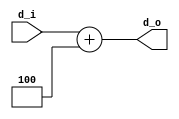
/////////////////////////////////////////////////////////////////////
////                                                             ////
////                                                             ////
////  If you encountered any problem, please contact :           ////
////                                                             ////
////  Downloaded from:                                           ////
////     http://www.opencores.org/pdownloads.cgi/list/mips789    ////
/////////////////////////////////////////////////////////////////////
////                                                             ////
//// Copyright (C) 2006-2007 Liwei                               ////
////                         mcupro@yahoo.com.hk                 ////
////                                                             ////
////                                                             ////
//// This source file may be used and distributed freely without ////
//// restriction provided that this copyright statement is not   ////
//// removed from the file and any derivative work contains the  ////
//// original copyright notice and the associated disclaimer.    ////
////                                                             ////
//// Please let the author know if it is used                    ////
//// for commercial purpose.                                     ////
////                                                             ////
////     THIS SOFTWARE IS PROVIDED ``AS IS'' AND WITHOUT ANY     ////
//// EXPRESS OR IMPLIED WARRANTIES, INCLUDING, BUT NOT LIMITED   ////
//// TO, THE IMPLIED WARRANTIES OF MERCHANTABILITY AND FITNESS   ////
//// FOR A PARTICULAR PURPOSE. IN NO EVENT SHALL THE AUTHOR      ////
//// OR CONTRIBUTORS BE LIABLE FOR ANY DIRECT, INDIRECT,         ////
//// INCIDENTAL, SPECIAL, EXEMPLARY, OR CONSEQUENTIAL DAMAGES    ////
//// (INCLUDING, BUT NOT LIMITED TO, PROCUREMENT OF SUBSTITUTE   ////
//// GOODS OR SERVICES; LOSS OF USE, DATA, OR PROFITS; OR        ////
//// BUSINESS INTERRUPTION) HOWEVER CAUSED AND ON ANY THEORY OF  ////
//// LIABILITY, WHETHER IN  CONTRACT, STRICT LIABILITY, OR TORT  ////
//// (INCLUDING NEGLIGENCE OR OTHERWISE) ARISING IN ANY WAY OUT  ////
//// OF THE USE OF THIS SOFTWARE, EVEN IF ADVISED OF THE         ////
//// POSSIBILITY OF SUCH DAMAGE.                                 ////
////                                                             ////
/////////////////////////////////////////////////////////////////////
////                                                             ////
////                                                             ////
//// Date of Creation: 2007.8.1                                  ////
////                                                             ////
//// Version: 0.0.1                                              ////
////                                                             ////
//// Description:                                                ////
////                                                             ////
////                                                             ////
/////////////////////////////////////////////////////////////////////
////                                                             ////
//// Change log:                                                 ////
////                                                             ////
/////////////////////////////////////////////////////////////////////

module add32(
        input [31:0]d_i,
        output [31:0]d_o
    );
    assign d_o = d_i + 4;
endmodule


module jack(
        input [31:0] ins_i ,
        output [4:0] rs_o,
        output [4:0] rt_o,
        output [4:0] rd_o
    );
    assign rs_o = ins_i[25:21];
    assign rt_o = ins_i[20:16];
    assign rd_o = ins_i[15:11];
endmodule



`define  WB_ALU    0
`define WB_MEM     1
`define  WB_NOP    0


module wb_mux(
        input [31:0]alu_i,
        input [31:0]dmem_i,
        input sel,
        output [31:0]wb_o
    );

    assign wb_o = (sel==`WB_MEM)?dmem_i:alu_i;

endmodule

module or32(
    input [31:0]a,
    input [31:0]b,
    output [31:0]c
    );
    
    assign c = a|b ;

endmodule

`define RD_RD   1
`define RD_RT   2
`define RD_R31 3
`define RD_NOP 0
`define RD_ZR 0

module rd_sel(
        input [4:0]rd_i,
        input [4:0]rt_i,
        input[1:0] ctl,
        output reg [4:0]rd_o
    );

    always @(*)
    case (ctl)
        `RD_RD:rd_o=rd_i;
        `RD_RT:rd_o=rt_i;
        `RD_R31:rd_o='d31;
        default :
            rd_o=0;
    endcase

endmodule

//these modules below are genated automaticly by a software written in C language...

`define EXT_CTL_LEN 3
`define RD_SEL_LEN 2
`define CMP_CTL_LEN 3
`define PC_GEN_CTL_LEN 3
`define FSM_CTL_LEN 3
`define MUXA_CTL_LEN 2
`define MUXB_CTL_LEN 2
`define ALU_FUNC_LEN 5
`define ALU_WE_LEN 1
`define DMEM_CTL_LEN 4
`define WB_MUX_CTL_LEN 1
`define WB_WE_LEN 1	
`define INS_LEN 32
`define PC_LEN 32
`define SPC_LEN 32	 
`define R32_LEN 32
`define R5_LEN 5		
`define R1_LEN 1
`define R2_LEN 2
`define R3_LEN 3
`define R4_LEN 4

module ext_ctl_reg_clr_cls(input[`EXT_CTL_LEN-1:0] ext_ctl_i,output reg[`EXT_CTL_LEN-1:0] ext_ctl_o,input clk,input clr,input cls);always@(posedge clk)if(clr) ext_ctl_o<=0;else if(cls)ext_ctl_o<=ext_ctl_o;else ext_ctl_o<=ext_ctl_i;endmodule
module rd_sel_reg_clr_cls(input[`RD_SEL_LEN-1:0] rd_sel_i,output reg[`RD_SEL_LEN-1:0] rd_sel_o,input clk,input clr,input cls);always@(posedge clk)if(clr) rd_sel_o<=0;else if(cls)rd_sel_o<=rd_sel_o;else rd_sel_o<=rd_sel_i;endmodule
module cmp_ctl_reg_clr_cls(input[`CMP_CTL_LEN-1:0] cmp_ctl_i,output reg[`CMP_CTL_LEN-1:0] cmp_ctl_o,input clk,input clr,input cls);always@(posedge clk)if(clr) cmp_ctl_o<=0;else if(cls)cmp_ctl_o<=cmp_ctl_o;else cmp_ctl_o<=cmp_ctl_i;endmodule
module pc_gen_ctl_reg_clr_cls(input[`PC_GEN_CTL_LEN-1:0] pc_gen_ctl_i,output reg[`PC_GEN_CTL_LEN-1:0] pc_gen_ctl_o,input clk,input clr,input cls);always@(posedge clk)if(clr) pc_gen_ctl_o<=0;else if(cls)pc_gen_ctl_o<=pc_gen_ctl_o;else pc_gen_ctl_o<=pc_gen_ctl_i;endmodule
module fsm_ctl_reg_clr_cls(input[`FSM_CTL_LEN-1:0] fsm_ctl_i,output reg[`FSM_CTL_LEN-1:0] fsm_ctl_o,input clk,input clr,input cls);always@(posedge clk)if(clr) fsm_ctl_o<=0;else if(cls)fsm_ctl_o<=fsm_ctl_o;else fsm_ctl_o<=fsm_ctl_i;endmodule
module muxa_ctl_reg_clr_cls(input[`MUXA_CTL_LEN-1:0] muxa_ctl_i,output reg[`MUXA_CTL_LEN-1:0] muxa_ctl_o,input clk,input clr,input cls);always@(posedge clk)if(clr) muxa_ctl_o<=0;else if(cls)muxa_ctl_o<=muxa_ctl_o;else muxa_ctl_o<=muxa_ctl_i;endmodule
module muxb_ctl_reg_clr_cls(input[`MUXB_CTL_LEN-1:0] muxb_ctl_i,output reg[`MUXB_CTL_LEN-1:0] muxb_ctl_o,input clk,input clr,input cls);always@(posedge clk)if(clr) muxb_ctl_o<=0;else if(cls)muxb_ctl_o<=muxb_ctl_o;else muxb_ctl_o<=muxb_ctl_i;endmodule
module alu_func_reg_clr_cls(input[`ALU_FUNC_LEN-1:0] alu_func_i,output reg[`ALU_FUNC_LEN-1:0] alu_func_o,input clk,input clr,input cls);always@(posedge clk)if(clr) alu_func_o<=0;else if(cls)alu_func_o<=alu_func_o;else alu_func_o<=alu_func_i;endmodule
module alu_we_reg_clr_cls(input[`ALU_WE_LEN-1:0] alu_we_i,output reg[`ALU_WE_LEN-1:0] alu_we_o,input clk,input clr,input cls);always@(posedge clk)if(clr) alu_we_o<=0;else if(cls)alu_we_o<=alu_we_o;else alu_we_o<=alu_we_i;endmodule
module dmem_ctl_reg_clr_cls(input[`DMEM_CTL_LEN-1:0] dmem_ctl_i,output reg[`DMEM_CTL_LEN-1:0] dmem_ctl_o,input clk,input clr,input cls);always@(posedge clk)if(clr) dmem_ctl_o<=0;else if(cls)dmem_ctl_o<=dmem_ctl_o;else dmem_ctl_o<=dmem_ctl_i;endmodule
module wb_mux_ctl_reg_clr_cls(input[`WB_MUX_CTL_LEN-1:0] wb_mux_ctl_i,output reg[`WB_MUX_CTL_LEN-1:0] wb_mux_ctl_o,input clk,input clr,input cls);always@(posedge clk)if(clr) wb_mux_ctl_o<=0;else if(cls)wb_mux_ctl_o<=wb_mux_ctl_o;else wb_mux_ctl_o<=wb_mux_ctl_i;endmodule
module wb_we_reg_clr_cls(input[`WB_WE_LEN-1:0] wb_we_i,output reg[`WB_WE_LEN-1:0] wb_we_o,input clk,input clr,input cls);always@(posedge clk)if(clr) wb_we_o<=0;else if(cls)wb_we_o<=wb_we_o;else wb_we_o<=wb_we_i;endmodule
module ins_reg_clr_cls(input[`INS_LEN-1:0] ins_i,output reg[`INS_LEN-1:0] ins_o,input clk,input clr,input cls);always@(posedge clk)if(clr) ins_o<=0;else if(cls)ins_o<=ins_o;else ins_o<=ins_i;endmodule
module pc_reg_clr_cls(input[`PC_LEN-1:0] pc_i,output reg[`PC_LEN-1:0] pc_o,input clk,input clr,input cls);always@(posedge clk)if(clr) pc_o<=0;else if(cls)pc_o<=pc_o;else pc_o<=pc_i;endmodule
module spc_reg_clr_cls(input[`SPC_LEN-1:0] spc_i,output reg[`SPC_LEN-1:0] spc_o,input clk,input clr,input cls);always@(posedge clk)if(clr) spc_o<=0;else if(cls)spc_o<=spc_o;else spc_o<=spc_i;endmodule
module r1_reg_clr_cls(input[`R1_LEN-1:0] r1_i,output reg[`R1_LEN-1:0] r1_o,input clk,input clr,input cls);always@(posedge clk)if(clr) r1_o<=0;else if(cls)r1_o<=r1_o;else r1_o<=r1_i;endmodule
module r2_reg_clr_cls(input[`R2_LEN-1:0] r2_i,output reg[`R2_LEN-1:0] r2_o,input clk,input clr,input cls);always@(posedge clk)if(clr) r2_o<=0;else if(cls)r2_o<=r2_o;else r2_o<=r2_i;endmodule
module r3_reg_clr_cls(input[`R3_LEN-1:0] r3_i,output reg[`R3_LEN-1:0] r3_o,input clk,input clr,input cls);always@(posedge clk)if(clr) r3_o<=0;else if(cls)r3_o<=r3_o;else r3_o<=r3_i;endmodule
module r4_reg_clr_cls(input[`R4_LEN-1:0] r4_i,output reg[`R4_LEN-1:0] r4_o,input clk,input clr,input cls);always@(posedge clk)if(clr) r4_o<=0;else if(cls)r4_o<=r4_o;else r4_o<=r4_i;endmodule
module r5_reg_clr_cls(input[`R5_LEN-1:0] r5_i,output reg[`R5_LEN-1:0] r5_o,input clk,input clr,input cls);always@(posedge clk)if(clr) r5_o<=0;else if(cls)r5_o<=r5_o;else r5_o<=r5_i;endmodule
module r32_reg_clr_cls(input[`R32_LEN-1:0] r32_i,output reg[`R32_LEN-1:0] r32_o,input clk,input clr,input cls);always@(posedge clk)if(clr) r32_o<=0;else if(cls)r32_o<=r32_o;else r32_o<=r32_i;endmodule


module ext_ctl_reg_clr(input[`EXT_CTL_LEN-1:0] ext_ctl_i,output reg[`EXT_CTL_LEN-1:0] ext_ctl_o,input clk,input clr);always@(posedge clk)if(clr)ext_ctl_o<=0;else ext_ctl_o<=ext_ctl_i;endmodule
module rd_sel_reg_clr(input[`RD_SEL_LEN-1:0] rd_sel_i,output reg[`RD_SEL_LEN-1:0] rd_sel_o,input clk,input clr);always@(posedge clk)if(clr)rd_sel_o<=0;else rd_sel_o<=rd_sel_i;endmodule
module cmp_ctl_reg_clr(input[`CMP_CTL_LEN-1:0] cmp_ctl_i,output reg[`CMP_CTL_LEN-1:0] cmp_ctl_o,input clk,input clr);always@(posedge clk)if(clr)cmp_ctl_o<=0;else cmp_ctl_o<=cmp_ctl_i;endmodule
module pc_gen_ctl_reg_clr(input[`PC_GEN_CTL_LEN-1:0] pc_gen_ctl_i,output reg[`PC_GEN_CTL_LEN-1:0] pc_gen_ctl_o,input clk,input clr);always@(posedge clk)if(clr)pc_gen_ctl_o<=0;else pc_gen_ctl_o<=pc_gen_ctl_i;endmodule
module fsm_ctl_reg_clr(input[`FSM_CTL_LEN-1:0] fsm_ctl_i,output reg[`FSM_CTL_LEN-1:0] fsm_ctl_o,input clk,input clr);always@(posedge clk)if(clr)fsm_ctl_o<=0;else fsm_ctl_o<=fsm_ctl_i;endmodule
module muxa_ctl_reg_clr(input[`MUXA_CTL_LEN-1:0] muxa_ctl_i,output reg[`MUXA_CTL_LEN-1:0] muxa_ctl_o,input clk,input clr);always@(posedge clk)if(clr)muxa_ctl_o<=0;else muxa_ctl_o<=muxa_ctl_i;endmodule
module muxb_ctl_reg_clr(input[`MUXB_CTL_LEN-1:0] muxb_ctl_i,output reg[`MUXB_CTL_LEN-1:0] muxb_ctl_o,input clk,input clr);always@(posedge clk)if(clr)muxb_ctl_o<=0;else muxb_ctl_o<=muxb_ctl_i;endmodule
module alu_func_reg_clr(input[`ALU_FUNC_LEN-1:0] alu_func_i,output reg[`ALU_FUNC_LEN-1:0] alu_func_o,input clk,input clr);always@(posedge clk)if(clr)alu_func_o<=0;else alu_func_o<=alu_func_i;endmodule
module alu_we_reg_clr(input[`ALU_WE_LEN-1:0] alu_we_i,output reg[`ALU_WE_LEN-1:0] alu_we_o,input clk,input clr);always@(posedge clk)if(clr)alu_we_o<=0;else alu_we_o<=alu_we_i;endmodule
module dmem_ctl_reg_clr(input[`DMEM_CTL_LEN-1:0] dmem_ctl_i,output reg[`DMEM_CTL_LEN-1:0] dmem_ctl_o,input clk,input clr);always@(posedge clk)if(clr)dmem_ctl_o<=0;else dmem_ctl_o<=dmem_ctl_i;endmodule
module wb_mux_ctl_reg_clr(input[`WB_MUX_CTL_LEN-1:0] wb_mux_ctl_i,output reg[`WB_MUX_CTL_LEN-1:0] wb_mux_ctl_o,input clk,input clr);always@(posedge clk)if(clr)wb_mux_ctl_o<=0;else wb_mux_ctl_o<=wb_mux_ctl_i;endmodule
module wb_we_reg_clr(input[`WB_WE_LEN-1:0] wb_we_i,output reg[`WB_WE_LEN-1:0] wb_we_o,input clk,input clr);always@(posedge clk)if(clr)wb_we_o<=0;else wb_we_o<=wb_we_i;endmodule
module ins_reg_clr(input[`INS_LEN-1:0] ins_i,output reg[`INS_LEN-1:0] ins_o,input clk,input clr);always@(posedge clk)if(clr)ins_o<=0;else ins_o<=ins_i;endmodule
module pc_reg_clr(input[`PC_LEN-1:0] pc_i,output reg[`PC_LEN-1:0] pc_o,input clk,input clr);always@(posedge clk)if(clr)pc_o<=0;else pc_o<=pc_i;endmodule
module spc_reg_clr(input[`SPC_LEN-1:0] spc_i,output reg[`SPC_LEN-1:0] spc_o,input clk,input clr);always@(posedge clk)if(clr)spc_o<=0;else spc_o<=spc_i;endmodule
module r1_reg_clr(input[`R1_LEN-1:0] r1_i,output reg[`R1_LEN-1:0] r1_o,input clk,input clr);always@(posedge clk)if(clr)r1_o<=0;else r1_o<=r1_i;endmodule
module r2_reg_clr(input[`R2_LEN-1:0] r2_i,output reg[`R2_LEN-1:0] r2_o,input clk,input clr);always@(posedge clk)if(clr)r2_o<=0;else r2_o<=r2_i;endmodule
module r3_reg_clr(input[`R3_LEN-1:0] r3_i,output reg[`R3_LEN-1:0] r3_o,input clk,input clr);always@(posedge clk)if(clr)r3_o<=0;else r3_o<=r3_i;endmodule
module r4_reg_clr(input[`R4_LEN-1:0] r4_i,output reg[`R4_LEN-1:0] r4_o,input clk,input clr);always@(posedge clk)if(clr)r4_o<=0;else r4_o<=r4_i;endmodule
module r5_reg_clr(input[`R5_LEN-1:0] r5_i,output reg[`R5_LEN-1:0] r5_o,input clk,input clr);always@(posedge clk)if(clr)r5_o<=0;else r5_o<=r5_i;endmodule
module r32_reg_clr(input[`R32_LEN-1:0] r32_i,output reg[`R32_LEN-1:0] r32_o,input clk,input clr);always@(posedge clk)if(clr)r32_o<=0;else r32_o<=r32_i;endmodule


module ext_ctl_reg(input[`EXT_CTL_LEN-1:0] ext_ctl_i,output reg[`EXT_CTL_LEN-1:0] ext_ctl_o,input clk);always@(posedge clk) ext_ctl_o<=ext_ctl_i;endmodule
module rd_sel_reg(input[`RD_SEL_LEN-1:0] rd_sel_i,output reg[`RD_SEL_LEN-1:0] rd_sel_o,input clk);always@(posedge clk) rd_sel_o<=rd_sel_i;endmodule
module cmp_ctl_reg(input[`CMP_CTL_LEN-1:0] cmp_ctl_i,output reg[`CMP_CTL_LEN-1:0] cmp_ctl_o,input clk);always@(posedge clk) cmp_ctl_o<=cmp_ctl_i;endmodule
module pc_gen_ctl_reg(input[`PC_GEN_CTL_LEN-1:0] pc_gen_ctl_i,output reg[`PC_GEN_CTL_LEN-1:0] pc_gen_ctl_o,input clk);always@(posedge clk) pc_gen_ctl_o<=pc_gen_ctl_i;endmodule
module fsm_ctl_reg(input[`FSM_CTL_LEN-1:0] fsm_ctl_i,output reg[`FSM_CTL_LEN-1:0] fsm_ctl_o,input clk);always@(posedge clk) fsm_ctl_o<=fsm_ctl_i;endmodule
module muxa_ctl_reg(input[`MUXA_CTL_LEN-1:0] muxa_ctl_i,output reg[`MUXA_CTL_LEN-1:0] muxa_ctl_o,input clk);always@(posedge clk) muxa_ctl_o<=muxa_ctl_i;endmodule
module muxb_ctl_reg(input[`MUXB_CTL_LEN-1:0] muxb_ctl_i,output reg[`MUXB_CTL_LEN-1:0] muxb_ctl_o,input clk);always@(posedge clk) muxb_ctl_o<=muxb_ctl_i;endmodule
module alu_func_reg(input[`ALU_FUNC_LEN-1:0] alu_func_i,output reg[`ALU_FUNC_LEN-1:0] alu_func_o,input clk);always@(posedge clk) alu_func_o<=alu_func_i;endmodule
module alu_we_reg(input[`ALU_WE_LEN-1:0] alu_we_i,output reg[`ALU_WE_LEN-1:0] alu_we_o,input clk);always@(posedge clk) alu_we_o<=alu_we_i;endmodule
module dmem_ctl_reg(input[`DMEM_CTL_LEN-1:0] dmem_ctl_i,output reg[`DMEM_CTL_LEN-1:0] dmem_ctl_o,input clk);always@(posedge clk) dmem_ctl_o<=dmem_ctl_i;endmodule
module wb_mux_ctl_reg(input[`WB_MUX_CTL_LEN-1:0] wb_mux_ctl_i,output reg[`WB_MUX_CTL_LEN-1:0] wb_mux_ctl_o,input clk);always@(posedge clk) wb_mux_ctl_o<=wb_mux_ctl_i;endmodule
module wb_we_reg(input[`WB_WE_LEN-1:0] wb_we_i,output reg[`WB_WE_LEN-1:0] wb_we_o,input clk);always@(posedge clk) wb_we_o<=wb_we_i;endmodule
module ins_reg(input[`INS_LEN-1:0] ins_i,output reg[`INS_LEN-1:0] ins_o,input clk);always@(posedge clk) ins_o<=ins_i;endmodule
module pc_reg(input[`PC_LEN-1:0] pc_i,output reg[`PC_LEN-1:0] pc_o,input clk);always@(posedge clk) pc_o<=pc_i;endmodule
module spc_reg(input[`SPC_LEN-1:0] spc_i,output reg[`SPC_LEN-1:0] spc_o,input clk);always@(posedge clk) spc_o<=spc_i;endmodule
module r1_reg(input[`R1_LEN-1:0] r1_i,output reg[`R1_LEN-1:0] r1_o,input clk);always@(posedge clk) r1_o<=r1_i;endmodule
module r2_reg(input[`R2_LEN-1:0] r2_i,output reg[`R2_LEN-1:0] r2_o,input clk);always@(posedge clk) r2_o<=r2_i;endmodule
module r3_reg(input[`R3_LEN-1:0] r3_i,output reg[`R3_LEN-1:0] r3_o,input clk);always@(posedge clk) r3_o<=r3_i;endmodule
module r4_reg(input[`R4_LEN-1:0] r4_i,output reg[`R4_LEN-1:0] r4_o,input clk);always@(posedge clk) r4_o<=r4_i;endmodule
module r5_reg(input[`R5_LEN-1:0] r5_i,output reg[`R5_LEN-1:0] r5_o,input clk);always@(posedge clk) r5_o<=r5_i;endmodule
module r32_reg(input[`R32_LEN-1:0] r32_i,output reg[`R32_LEN-1:0] r32_o,input clk);always@(posedge clk) r32_o<=r32_i;endmodule


module ext_ctl_reg_cls(input[`EXT_CTL_LEN-1:0] ext_ctl_i,output reg[`EXT_CTL_LEN-1:0] ext_ctl_o,input clk,input cls);always@(posedge clk)if(cls) ext_ctl_o<=ext_ctl_o;else ext_ctl_o<=ext_ctl_i;endmodule
module rd_sel_reg_cls(input[`RD_SEL_LEN-1:0] rd_sel_i,output reg[`RD_SEL_LEN-1:0] rd_sel_o,input clk,input cls);always@(posedge clk)if(cls) rd_sel_o<=rd_sel_o;else rd_sel_o<=rd_sel_i;endmodule
module cmp_ctl_reg_cls(input[`CMP_CTL_LEN-1:0] cmp_ctl_i,output reg[`CMP_CTL_LEN-1:0] cmp_ctl_o,input clk,input cls);always@(posedge clk)if(cls) cmp_ctl_o<=cmp_ctl_o;else cmp_ctl_o<=cmp_ctl_i;endmodule
module pc_gen_ctl_reg_cls(input[`PC_GEN_CTL_LEN-1:0] pc_gen_ctl_i,output reg[`PC_GEN_CTL_LEN-1:0] pc_gen_ctl_o,input clk,input cls);always@(posedge clk)if(cls) pc_gen_ctl_o<=pc_gen_ctl_o;else pc_gen_ctl_o<=pc_gen_ctl_i;endmodule
module fsm_ctl_reg_cls(input[`FSM_CTL_LEN-1:0] fsm_ctl_i,output reg[`FSM_CTL_LEN-1:0] fsm_ctl_o,input clk,input cls);always@(posedge clk)if(cls) fsm_ctl_o<=fsm_ctl_o;else fsm_ctl_o<=fsm_ctl_i;endmodule
module muxa_ctl_reg_cls(input[`MUXA_CTL_LEN-1:0] muxa_ctl_i,output reg[`MUXA_CTL_LEN-1:0] muxa_ctl_o,input clk,input cls);always@(posedge clk)if(cls) muxa_ctl_o<=muxa_ctl_o;else muxa_ctl_o<=muxa_ctl_i;endmodule
module muxb_ctl_reg_cls(input[`MUXB_CTL_LEN-1:0] muxb_ctl_i,output reg[`MUXB_CTL_LEN-1:0] muxb_ctl_o,input clk,input cls);always@(posedge clk)if(cls) muxb_ctl_o<=muxb_ctl_o;else muxb_ctl_o<=muxb_ctl_i;endmodule
module alu_func_reg_cls(input[`ALU_FUNC_LEN-1:0] alu_func_i,output reg[`ALU_FUNC_LEN-1:0] alu_func_o,input clk,input cls);always@(posedge clk)if(cls) alu_func_o<=alu_func_o;else alu_func_o<=alu_func_i;endmodule
module alu_we_reg_cls(input[`ALU_WE_LEN-1:0] alu_we_i,output reg[`ALU_WE_LEN-1:0] alu_we_o,input clk,input cls);always@(posedge clk)if(cls) alu_we_o<=alu_we_o;else alu_we_o<=alu_we_i;endmodule
module dmem_ctl_reg_cls(input[`DMEM_CTL_LEN-1:0] dmem_ctl_i,output reg[`DMEM_CTL_LEN-1:0] dmem_ctl_o,input clk,input cls);always@(posedge clk)if(cls) dmem_ctl_o<=dmem_ctl_o;else dmem_ctl_o<=dmem_ctl_i;endmodule
module wb_mux_ctl_reg_cls(input[`WB_MUX_CTL_LEN-1:0] wb_mux_ctl_i,output reg[`WB_MUX_CTL_LEN-1:0] wb_mux_ctl_o,input clk,input cls);always@(posedge clk)if(cls) wb_mux_ctl_o<=wb_mux_ctl_o;else wb_mux_ctl_o<=wb_mux_ctl_i;endmodule
module wb_we_reg_cls(input[`WB_WE_LEN-1:0] wb_we_i,output reg[`WB_WE_LEN-1:0] wb_we_o,input clk,input cls);always@(posedge clk)if(cls) wb_we_o<=wb_we_o;else wb_we_o<=wb_we_i;endmodule
module ins_reg_cls(input[`INS_LEN-1:0] ins_i,output reg[`INS_LEN-1:0] ins_o,input clk,input cls);always@(posedge clk)if(cls) ins_o<=ins_o;else ins_o<=ins_i;endmodule
module pc_reg_cls(input[`PC_LEN-1:0] pc_i,output reg[`PC_LEN-1:0] pc_o,input clk,input cls);always@(posedge clk)if(cls) pc_o<=pc_o;else pc_o<=pc_i;endmodule
module spc_reg_cls(input[`SPC_LEN-1:0] spc_i,output reg[`SPC_LEN-1:0] spc_o,input clk,input cls);always@(posedge clk)if(cls) spc_o<=spc_o;else spc_o<=spc_i;endmodule
module r1_reg_cls(input[`R1_LEN-1:0] r1_i,output reg[`R1_LEN-1:0] r1_o,input clk,input cls);always@(posedge clk)if(cls) r1_o<=r1_o;else r1_o<=r1_i;endmodule
module r2_reg_cls(input[`R2_LEN-1:0] r2_i,output reg[`R2_LEN-1:0] r2_o,input clk,input cls);always@(posedge clk)if(cls) r2_o<=r2_o;else r2_o<=r2_i;endmodule
module r3_reg_cls(input[`R3_LEN-1:0] r3_i,output reg[`R3_LEN-1:0] r3_o,input clk,input cls);always@(posedge clk)if(cls) r3_o<=r3_o;else r3_o<=r3_i;endmodule
module r4_reg_cls(input[`R4_LEN-1:0] r4_i,output reg[`R4_LEN-1:0] r4_o,input clk,input cls);always@(posedge clk)if(cls) r4_o<=r4_o;else r4_o<=r4_i;endmodule
module r5_reg_cls(input[`R5_LEN-1:0] r5_i,output reg[`R5_LEN-1:0] r5_o,input clk,input cls);always@(posedge clk)if(cls) r5_o<=r5_o;else r5_o<=r5_i;endmodule
module r32_reg_cls(input[`R32_LEN-1:0] r32_i,output reg[`R32_LEN-1:0] r32_o,input clk,input cls);always@(posedge clk)if(cls) r32_o<=r32_o;else r32_o<=r32_i;endmodule